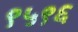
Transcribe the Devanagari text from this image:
९५९६